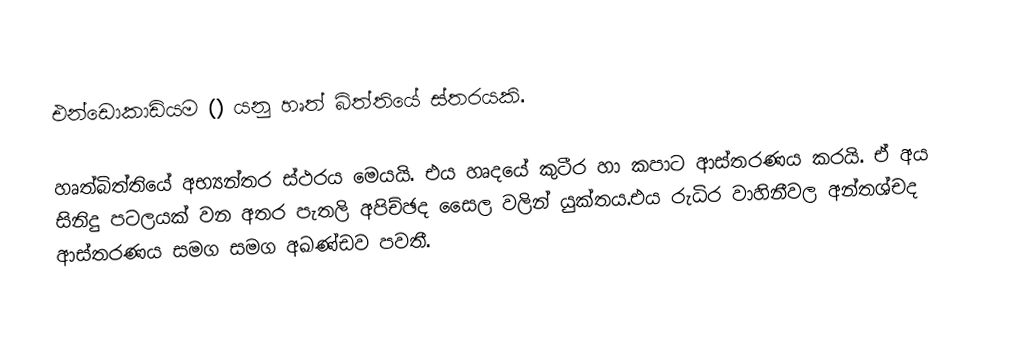
එන්ඩොකාඩියම () යනු හෘත් බිත්තියේ ස්තරයකි.

හෘත්බිත්තියේ අභ්‍යන්තර ස්ථරය මෙයයි. එය හෘදයේ කුටීර හා කපාට ආස්තරණය කරයි.  ඒ අය සිනිදු පටලයක් වන අතර පැතලි අපිච්ඡද සෛල වලින් යුක්තය.එය රුධිර වාහිනීවල අන්තශ්චද ආස්තරණය සමග සමග අඛණ්ඩව පවතී.